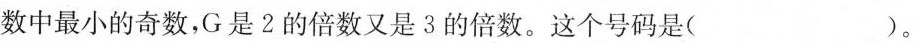
数中最小的奇数，G是2的倍数又是3的倍数。这个号码是( )。